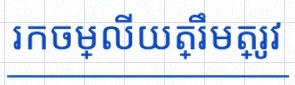
រកចម្លើយត្រឹមត្រូវ